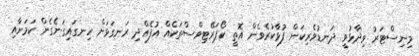
މިނިސްޓަރު ވިދާޅުވީ ދަނޑުވެރިކަން ފުޅާކުރެވެން އޮތީ ކޯޕަރޭޓިވްސްތަކެއް އުފެއްދި ރަނގަޅަށް ހިނގައިގަނެގެން ކަމަށާއި